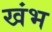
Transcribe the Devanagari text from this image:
खंभ